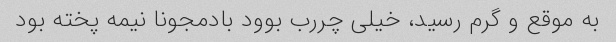
به موقع و گرم رسید، خیلی چررب بوود بادمجونا نیمه پخته بود